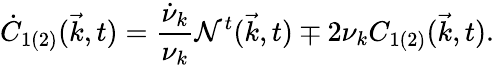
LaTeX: \dot{C}_{1(2)}({\vec{k}},t)=\frac{\dot{\nu}_{k}}{{\nu}_{k}}{\cal N}^{t}({\vec{k}},t)\mp 2{\nu}_{k}C_{1(2)}({\vec{k}},t).